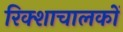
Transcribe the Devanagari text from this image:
रिक्शाचालकों